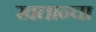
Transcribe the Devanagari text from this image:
खतान्चा